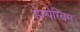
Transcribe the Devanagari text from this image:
हेस्पेरियम